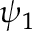
\psi _ { 1 }